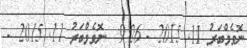
ނޮވެމްބަރު 11